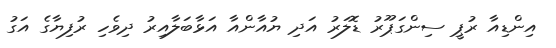
އިންޑިއާ ރުޕީ ސިންގަޕޫރު ޑޮލަރު އަދި ޔުއާންއާ އަޅާބަލާއިރު ދިވެހި ރުފިޔާގެ އަގު